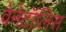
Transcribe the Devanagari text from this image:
वेनेटॉलिस